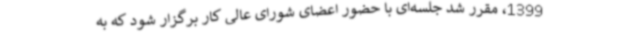
1399، مقرر شد جلسه‌ای با حضور اعضای شورای عالی کار برگزار شود که به